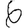
Digit: 6